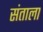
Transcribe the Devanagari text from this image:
संताला